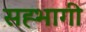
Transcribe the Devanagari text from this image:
सह्भागी